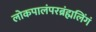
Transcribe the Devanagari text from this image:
लोकपालंपरब्रंह्मलिंगं